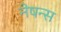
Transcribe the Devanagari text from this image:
नेषन्स